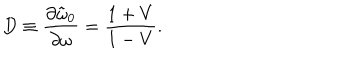
D \equiv { \frac { \partial \tilde { \omega } _ { 0 } } { \partial \omega } } = { \frac { 1 + V } { 1 - V } } .